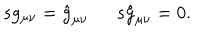
\begin{array} { l l } { { s g _ { \mu \nu } = \hat { g } _ { \mu \nu } ~ } } & { { ~ s \hat { g } _ { \mu \nu } = 0 . } } \\ \end{array}